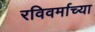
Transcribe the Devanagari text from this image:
रविवर्माच्या